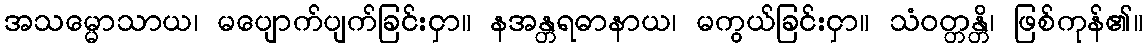
အသမ္မောသာယ၊ မပျောက်ပျက်ခြင်းငှာ။ နအန္တရဓာနာယ၊ မကွယ်ခြင်းငှာ။ သံဝတ္တန္တိ၊ ဖြစ်ကုန်၏။